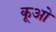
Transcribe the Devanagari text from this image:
कूओ